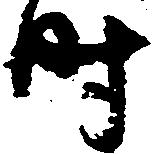
時